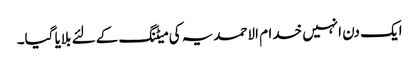
ایک دن انہیں خدام الاحمدیہ کی میٹنگ کے لئے بلایا گیا۔